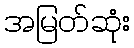
အမြတ်ဆုံး